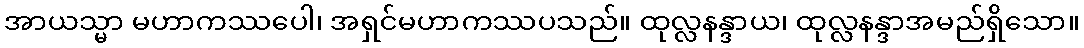
အာယသ္မာ မဟာကဿပေါ၊ အရှင်မဟာကဿပသည်။ ထုလ္လနန္ဒာယ၊ ထုလ္လနန္ဒာအမည်ရှိသော။